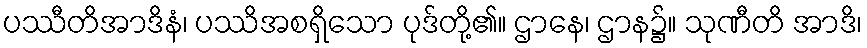
ပဿီတိအာဒိနံ၊ ပဿိအစရှိသော ပုဒ်တို့၏။ ဌာနေ၊ ဌာန၌။ သုဏီတိ အာဒိ၊